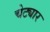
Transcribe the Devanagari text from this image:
चेट्यार